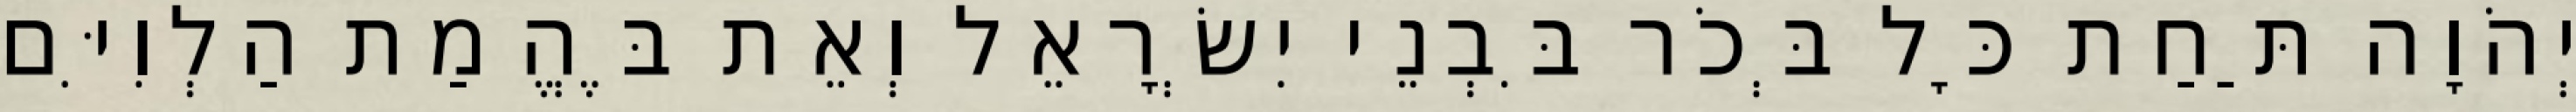
יְהֹוָה תַּחַת כָּל בְּכֹר בִּבְנֵי יִשְׂרָאֵל וְאֵת בֶּהֱמַת הַלְוִיִּם